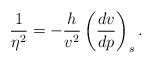
\begin{align*} \frac{1}{\eta^2}=-\frac{h}{v^2}\left(\frac{dv}{dp}\right)_s.\end{align*}